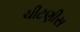
ચીટણીસ